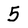
Character: 5